Document type: Dowry acquittance
Year: 1240
Scribe: Pere de Bages
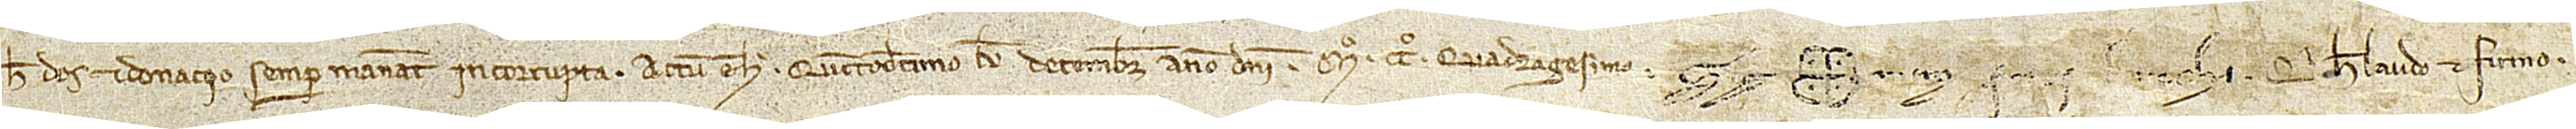
hec dos et donacio semper maneat incorrupta. Actum est hoc quintodecimo kalendas decembris, anno Domini Mº CCº quadragesimo. Sig(signe)num Petri de Rocha, qui hec laudo et firmo.